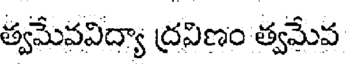
త్వమేవవిద్యా ద్రవిణం త్వమేవ